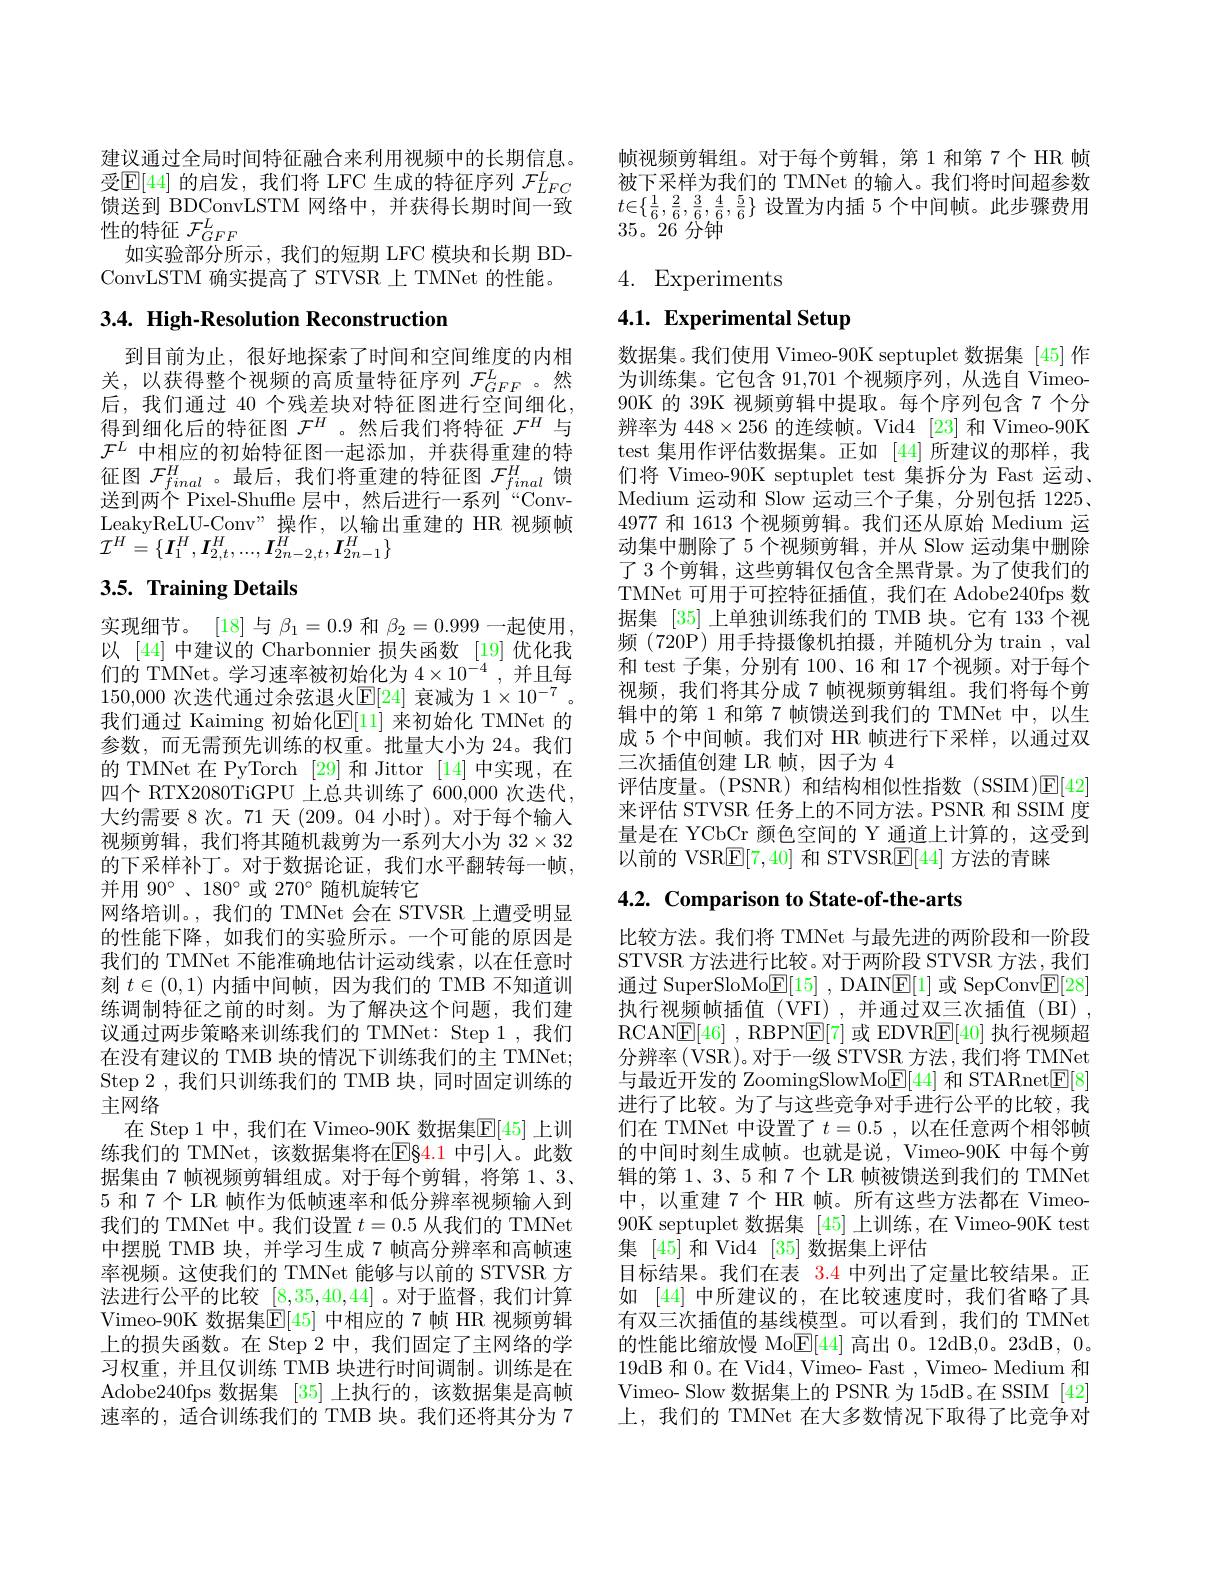
建议通过全局时间特征融合来利用视频中的长期信息。受$\mathbb{E}[44]$ 的启发，我们将 LFC 生成的特征序列 $\mathcal{F}_LFC^L$ 馈送到 BDConvLSTM 网络中，并获得长期时间一致性的特征$\mathcal{F}_GFF$
如实验部分所示，我们的短期 LFC 模块和长期 BD-
ConvLSTM 确实提高了 STVSR 上 TMNet 的性能。

# 3.4. High-Resolution Reconstruction

到目前为止，很好地探索了时间和空间维度的内相关，以获得整个视频的高质量特征序列$\mathcal{F}_GFF$。然后，我们通过 40 个残差块对特征图进行空间细化， 得到细化后的特征图$\mathcal{F}^H$ 。然后我们将特征$\mathcal{F}^H$与$\mathcal{F}^L$中相应的初始特征图一起添加，并获得重建的特征图$\mathcal{F}_final$ 。最后，我们将重建的特征图$\mathcal{F}_final^H$馈送到两个 Pixel-Shuffle 层中，然后进行一系列“ConvLeakyReLU-Conv"操作，以输出重建的 HR 视频帧${\mathcal I}^{H}=\{\boldsymbol{I}_{1}^{H},\boldsymbol{I}_{2,t}^{H},...,\boldsymbol{I}_{2n-2,t}^{H},\boldsymbol{I}_{2n-1}^{H}\}$

## 3.5. Training Details

实现细节。[18]与$\beta_1=0.9$和$\beta_2=0.999$一起使用， 以 [44] 中建议的 Charbonnier 损失函数 [19] 优化我们的 TMNet。学习速率被初始化为$4\times10^{-4}$,并且每150,000次迭代通过余弦退火$\underline{\mathrm{E}}[24]$衰减为$1\times10^{-7}$ 我们通过 Kaiming 初始化E[11] 来初始化 TMNet 的参数，而无需预先训练的权重。批量大小为 24。我们的 TMNet 在 PyTorch [29] 和 Jittor [14] 中实现，在四个 RTX2080TiGPU 上总共训练了 600,000 次迭代， 大约需要 8 次。71 天 (209。04 小时)。对于每个输入视频剪辑，我们将其随机裁剪为一系列大小为 32$\times32$ 的下采样补丁。对于数据论证，我们水平翻转每一帧， 并用 90°、180°或 270° 随机旋转它
网络培训。,我们的 TMNet 会在 STVSR 上遭受明显的性能下降，如我们的实验所示。一个可能的原因是我们的 TMNet 不能准确地估计运动线索，以在任意时刻$t\in(0,1)$内插中间帧，因为我们的 TMB 不知道训练调制特征之前的时刻。为了解决这个问题，我们建议通过两步策略来训练我们的 TMNet: Step 1, 我们在没有建议的 TMB 块的情况下训练我们的主 TMNet; Step 2 , 我们只训练我们的 TMB 块，同时固定训练的主网络
在 Step 1 中，我们在 Vimeo-90K 数据集$\mathbb{E}[45]$ 上训练我们的 TMNet,该数据集将在$\underline{\mathrm{E}}\underline{\mathrm{84.1~中引人。此数}}$ 据集由 7 帧视频剪辑组成。对于每个剪辑，将第 1、3、 5 和 7 个 LR 帧作为低帧速率和低分辨率视频输入到我们的 TMNet 中。我们设置$t=0.5$从我们的 TMNet 中摆脱 TMB 块，并学习生成 7 帧高分辨率和高帧速率视频。这使我们的 TMNet 能够与以前的 STVSR 方法进行公平的比较[8,35,40,44] 。对于监督，我们计算Vimeo-90K 数据集$\mathbb{E}[45]$ 中相应的 7 帧 HR 视频剪辑上的损失函数。在 Step 2 中，我们固定了主网络的学习权重，并且仅训练 TMB 块进行时间调制。训练是在Adobe240fps 数据集[35]上执行的，该数据集是高帧速率的，适合训练我们的 TMB 块。我们还将其分为 7

帧视频剪辑组。对于每个剪辑，第1和第7个HR 帧被下采样为我们的 TMNet 的输入。我们将时间超参数$\begin{array}{l}t\in\{\frac16,\frac26,\frac36,\frac46,\frac56\}\text{ 设置为内插 5 个中间帧。此步骤费用}\\35。26\text{ 分钟}\end{array}$

4. Experiments

4.1. Experimental Setup

数据集。我们使用 Vimeo-90K septuplet 数据集 [45]作为训练集。它包含 91,701 个视频序列，从选自 Vimeo- 90K 的 39K 视频剪辑中提取。每个序列包含 7 个分辨率为$448\times256$的连续帧。Vid4 [23]和 Vimeo-90K test 集用作评估数据集。正如[44]所建议的那样，我们将 Vimeo-90K septuplet test 集拆分为 Fast 运动、 Medium 运动和 Slow 运动三个子集，分别包括 1225、 4977和 1613 个视频剪辑。我们还从原始 Medium 运动集中删除了 5 个视频剪辑，并从 Slow 运动集中删除了 3 个剪辑，这些剪辑仅包含全黑背景。为了使我们的TMNet 可用于可控特征插值，我们在 Adobe240fps 数据集 [35] 上单独训练我们的 TMB 块。它有 133 个视频 (720P) 用手持摄像机拍摄，并随机分为 train , val 和 test 子集，分别有 100、16 和 17 个视频。对于每个视频，我们将其分成 7 帧视频剪辑组。我们将每个剪辑中的第 1 和第 7 帧馈送到我们的 TMNet 中，以生成 5 个中间帧。我们对 HR 帧进行下采样，以通过双三次插值创建 LR 帧，因子为 4
评估度量。(PSNR)和结构相似性指数(SSIM)E[42] 来评估 STVSR 任务上的不同方法。PSNR 和 SSIM 度量是在 YCbCr 颜色空间的 Y 通道上计算的，这受到以前的 VSRE[7,40] 和 STVSR$\boxed{\mathrm{F}}[44]$方法的青睐

## $4. 2. \textbf{Comparison to State- of- the- arts}$

比较方法。我们将 TMNet 与最先进的两阶段和一阶段STVSR 方法进行比较。对于两阶段 STVSR 方法，我们通过 SuperSloMo$\underline{\mathrm{E}}[15]$ , DAIN$\underline{\mathrm{F}}[1]$或 SepConv$\underline{\mathrm{E}}[28]$ 执行视频帧插值(VFI),并通过双三次插值(BI), RCAN$\underline {\mathrm{E} }[ 46]$ , RBPN$\underline{\mathrm{E}}[7]$或 EDVR$\underline{\mathrm{E}}[40]$执行视频超分辨率(VSR)。对于一级 STVSR 方法，我们将 TMNet 与最近开发的 ZoomingSlowMo$\underline{\mathrm{E}}[44]$和 STARnet$\underline{\mathrm{E}}[8]$ 进行了比较。为了与这些竞争对手进行公平的比较，我们在 TMNet 中设置了$t=0.5$,以在任意两个相邻帧的中间时刻生成帧。也就是说，Vimeo-90K 中每个剪辑的第 1、3、5 和 7 个 LR 帧被馈送到我们的 TMNet 中，以重建 7 个 HR 帧。所有这些方法都在 Vimeo- 90K septuplet 数据集[45]上训练，在 Vimeo-90K test 集 [45] 和 Vid4 [35] 数据集上评估
目标结果。我们在表 3.4 中列出了定量比较结果。正如[44]中所建议的，在比较速度时，我们省略了具有双三次插值的基线模型。可以看到，我们的 TMNet 的性能比缩放慢 Mo$\underline{\mathrm{E}}[44]$高出 0。12dB,0。23dB, 0。19dB 和 0。在 Vid4, Vimeo- Fast , Vimeo- Medium 和Vimeo- Slow 数据集上的 PSNR 为 15dB。在 SSIM [42] 上，我们的 TMNet 在大多数情况下取得了比竞争对